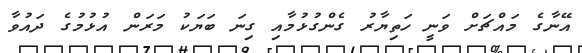
އޭނާގެ މައްޗަށް ވަނީ ހަތިޔާރު ގެންގުޅުމާއި ގިނަ ބަޔަކު މަރަން އުޅުމުގެ ދައުވާ